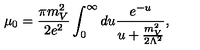
\mu _ { 0 } = \frac { \pi m _ { V } ^ { 2 } } { 2 e ^ { 2 } } \int _ { 0 } ^ { \infty } d u \frac { e ^ { - u } } { u + \frac { m _ { V } ^ { 2 } } { 2 \Lambda ^ { 2 } } } ,